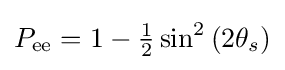
P_{\text{ee}}=1-{\tfrac {1}{2}}\sin ^{2}\left(2\theta _{s}\right)